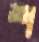
শ